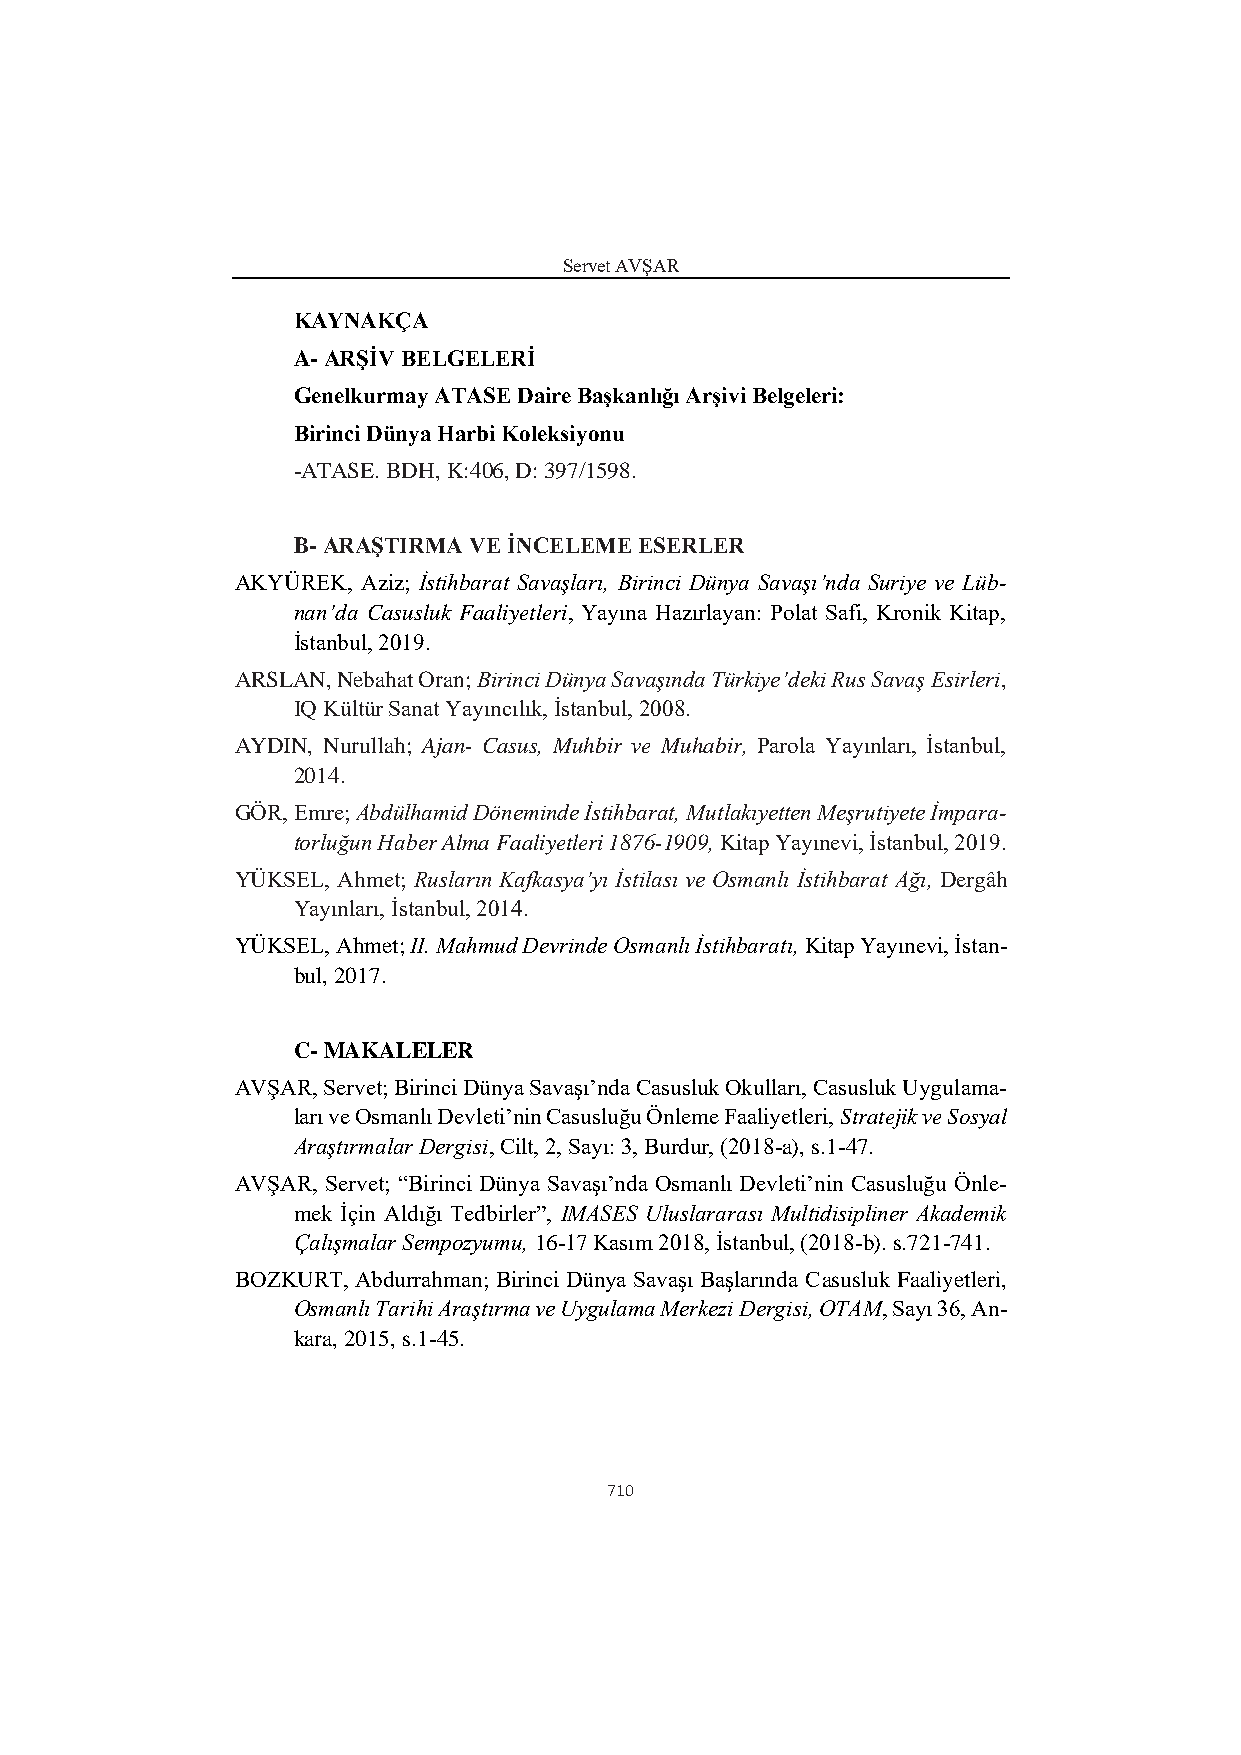
Servet AVŞAR
 KAYNAKÇA
 A- ARŞİV BELGELERİ
 Genelkurmay ATASE Daire Başkanlığı Arşivi Belgeleri:
 Birinci Dünya Harbi Koleksiyonu
 -ATASE. BDH, K:406, D: 397/1598.
 B- ARAŞTIRMA VE İNCELEME ESERLER
 AKYÜREK, Aziz; İstihbarat Savaşları, Birinci Dünya Savaşı’nda Suriye ve Lüb-
 nan’da Casusluk Faaliyetleri, Yayına Hazırlayan: Polat Safi, Kronik Kitap,
 İstanbul, 2019.
 ARSLAN, Nebahat Oran; Birinci Dünya Savaşında Türkiye’deki Rus Savaş Esirleri,
 IQ Kültür Sanat Yayıncılık, İstanbul, 2008.
 AYDIN, Nurullah; Ajan- Casus, Muhbir ve Muhabir, Parola Yayınları, İstanbul,
 2014.
 GÖR, Emre; Abdülhamid Döneminde İstihbarat, Mutlakıyetten Meşrutiyete İmpara-
 torluğun Haber Alma Faaliyetleri 1876-1909, Kitap Yayınevi, İstanbul, 2019.
 YÜKSEL, Ahmet; Rusların Kafkasya’yı İstilası ve Osmanlı İstihbarat Ağı, Dergâh
 Yayınları, İstanbul, 2014.
 YÜKSEL, Ahmet; II. Mahmud Devrinde Osmanlı İstihbaratı, Kitap Yayınevi, İstan-
 bul, 2017.
 C- MAKALELER
 AVŞAR, Servet; Birinci Dünya Savaşı’nda Casusluk Okulları, Casusluk Uygulama-
 ları ve Osmanlı Devleti’nin Casusluğu Önleme Faaliyetleri, Stratejik ve Sosyal
 Araştırmalar Dergisi, Cilt, 2, Sayı: 3, Burdur, (2018-a), s.1-47.
 AVŞAR, Servet; “Birinci Dünya Savaşı’nda Osmanlı Devleti’nin Casusluğu Önle-
 mek İçin Aldığı Tedbirler”, IMASES Uluslararası Multidisipliner Akademik
 Çalışmalar Sempozyumu, 16-17 Kasım 2018, İstanbul, (2018-b). s.721-741.
 BOZKURT, Abdurrahman; Birinci Dünya Savaşı Başlarında Casusluk Faaliyetleri,
 Osmanlı Tarihi Araştırma ve Uygulama Merkezi Dergisi, OTAM, Sayı 36, An-
 kara, 2015, s.1-45.
 710